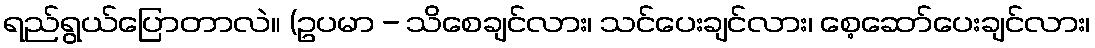
ရည်ရွယ်ပြောတာလဲ။ (ဥပမာ - သိစေချင်လား၊ သင်ပေးချင်လား၊ စေ့ဆော်ပေးချင်လား၊